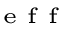
_ { \textrm { \tiny e f f } }